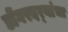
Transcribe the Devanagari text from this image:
डोंगरदर्‍यांचा